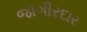
જાગીરદાર